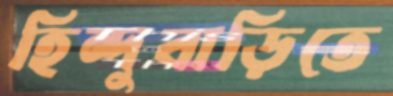
হিন্দুবাড়িতে